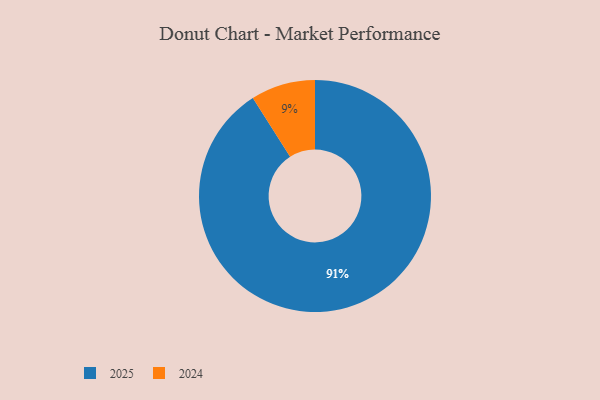
{"axis": {"x": "Category", "y": "Percentage"}, "legend": ["2024", "2025"], "data": [{"x": "2025", "y": 91, "type": "2025"}, {"x": "2024", "y": 9, "type": "2024"}]}